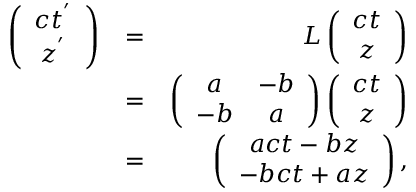
\begin{array} { r l r } { \left( \begin{array} { c c } { c t ^ { ' } } \\ { z ^ { ' } } \end{array} \right) } & { = } & { L \left( \begin{array} { c c } { c t } \\ { z } \end{array} \right) } \\ & { = } & { \left( \begin{array} { c c } { a } & { - b } \\ { - b } & { a } \end{array} \right) \left( \begin{array} { c c } { c t } \\ { z } \end{array} \right) } \\ & { = } & { \left( \begin{array} { c c } { a c t - b z } \\ { - b c t + a z } \end{array} \right) , } \end{array}